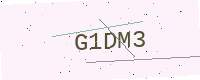
Text: G1DM3